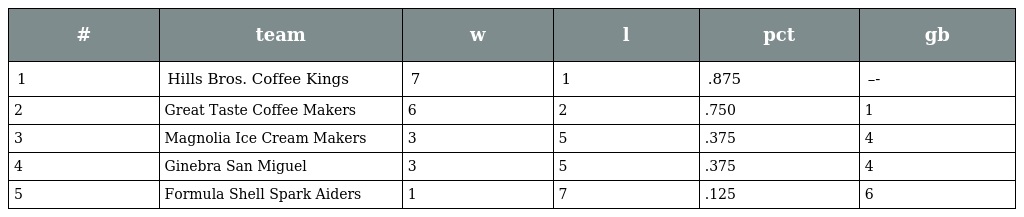
| # | team | w | l | pct | gb |
 | --- | --- | --- | --- | --- | --- |
 | 1 | Hills Bros. Coffee Kings | 7 | 1 | .875 | –- |
 | 2 | Great Taste Coffee Makers | 6 | 2 | .750 | 1 |
 | 3 | Magnolia Ice Cream Makers | 3 | 5 | .375 | 4 |
 | 4 | Ginebra San Miguel | 3 | 5 | .375 | 4 |
 | 5 | Formula Shell Spark Aiders | 1 | 7 | .125 | 6 |